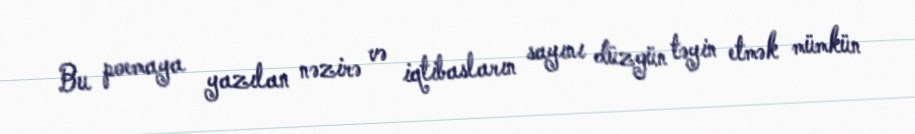
Bu poemaya yazılan nəzirə və iqtibasların sayını düzgün təyin etmək mümkün